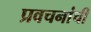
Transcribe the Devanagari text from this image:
प्रवचनांची